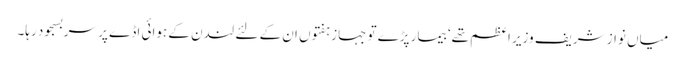
میاں نواز شریف وزیر اعظم تھے‘ بیمار پڑے تو جہاز ہفتوں ان کے لئے لندن کے ہوائی اڈے پر سربسجود رہا۔